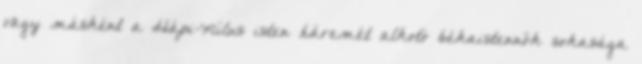
vagy másként a Hápi-Nílus isten háremét alkotó békaistennők sokasága